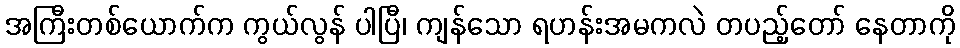
အကြီးတစ်ယောက်က ကွယ်လွန် ပါပြီ၊ ကျန်သော ရဟန်းအမကလဲ တပည့်တော် နေတာကို